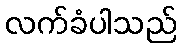
လက်ခံပါသည်